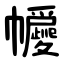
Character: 㡪